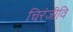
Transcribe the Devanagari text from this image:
चिरंजीवि